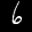
Label: 6